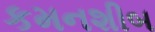
કમનશીબ